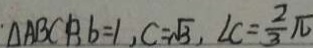
\Delta A B C B b = 1 , C = \sqrt { 3 } , L C = \frac { 2 } { 3 } \pi